Problem: 86 + 90 = ?
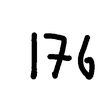
Handwritten answer: 176